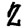
Digit: 2